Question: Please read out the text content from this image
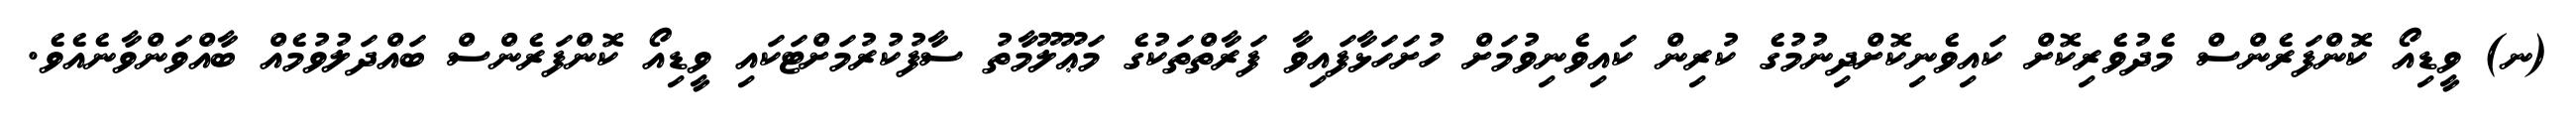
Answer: (ނ) ވީޑިއޯ ކޮންފަރެންސް މެދުވެރިކޮށް ކައިވެނިކޮށްދިނުމުގެ ކުރިން ކައިވެނިވުމަށް ހުށަހަޅާފައިވާ ފަރާތްތަކުގެ މަޢޫލޫމާތު ސާފުކުރުމަށްޓަކައި ވީޑިއޯ ކޮންފަރެންސް ބައްދަލުވުމެއް ބާއްވަންވާނެއެވެ.